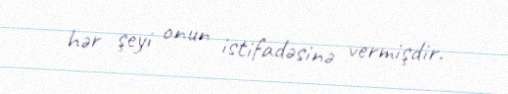
hər şeyi onun istifadəsinə vermişdir.